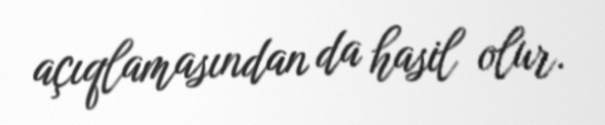
açıqlamasından da hasil olur.